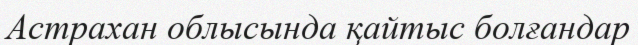
Астрахан облысында қайтыс болғандар